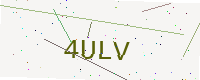
Text: 4ULV